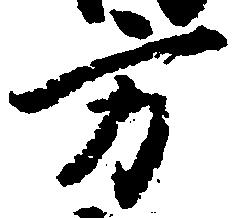
方